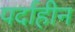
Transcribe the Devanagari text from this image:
पर्दाहीन